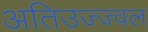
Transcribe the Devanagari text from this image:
अतिउज्ज्वल